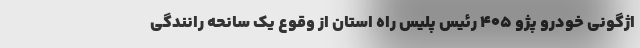
اژگونی خودرو پژو 405 رئیس پلیس راه استان از وقوع یک سانحه رانندگی